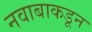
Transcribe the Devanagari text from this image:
नवाबाकडून